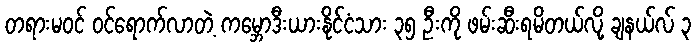
တရားမဝင် ဝင်ရောက်လာတဲ့ ကမ္ဘောဒီးယားနိုင်ငံသား ၃၅ ဦးကို ဖမ်းဆီးရမိတယ်လို့ ချနယ်လ် ၃